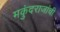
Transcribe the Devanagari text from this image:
मकुंदराजांची